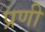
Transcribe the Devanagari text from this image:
प्रणी